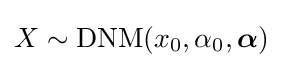
X\sim \operatorname {DNM} (x_{0},\alpha _{0},{\boldsymbol {\alpha }})